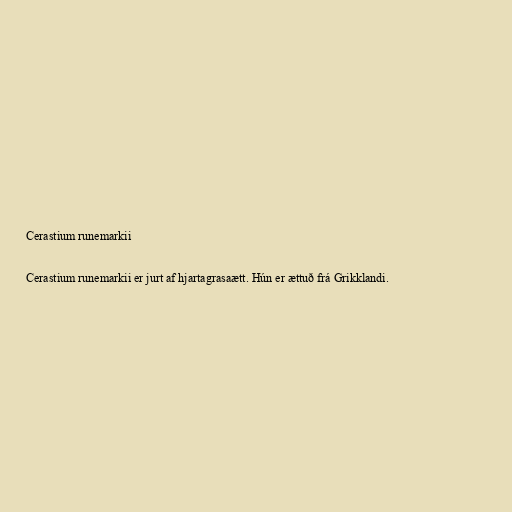
Cerastium runemarkii

Cerastium runemarkii er jurt af hjartagrasaætt. Hún er ættuð frá Grikklandi.